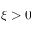
\xi > 0